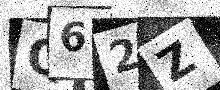
Text: Q62Z